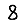
Digit: 8